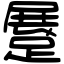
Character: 𨃨